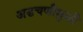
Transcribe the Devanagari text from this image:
अडचणीमुळी